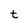
Character: t